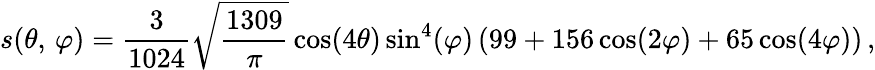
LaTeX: s(\theta,\, \varphi)=\frac{3}{1024}\sqrt{\frac{1309}{\pi}}\cos(4\theta)\sin^{4}(\varphi)\left(99+156\cos(2\varphi)+65\cos(4\varphi)\right)\, ,